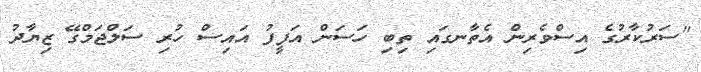
"ސަރުކާރުގެ އިސްވެރިން އެތާނގައި ތިބި ހަސަން އަފީފު އައިސް ހުރި ސަލްޖަމްގޭ ޒިޔާދު